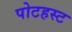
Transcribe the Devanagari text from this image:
पोटहस्ट